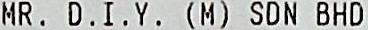
MR. D.I.Y. (M) SDN BHD